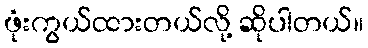
ဖုံးကွယ်ထားတယ်လို့ ဆိုပါတယ်။